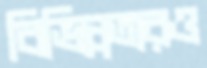
বিভিন্নতারও